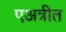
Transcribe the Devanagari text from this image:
एअत्रीत